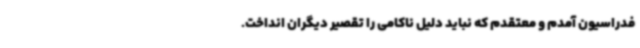
فدراسیون آمدم و معتقدم که نباید دلیل ناکامی را تقصیر دیگران انداخت.